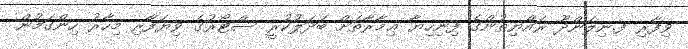
ވިފާރި ފ.ނިލަންދޫ ރައްޔިތުންގެ ފިނިހިޔާ ޢިމާރާތަށް ބަދަލުކުރީ ސްޓޯރުގެ ވިޔަފާރި މިހާރު ހިންގަމުން